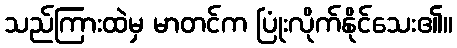
သည်ကြားထဲမှ မာတင်က ပြုံးလိုက်နိုင်သေး၏။